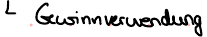
Gewinnverwendung